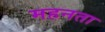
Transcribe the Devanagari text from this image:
महनता